Madras plague regulations in force outside the Presidency town - Volume 6
Disease focus: Plague
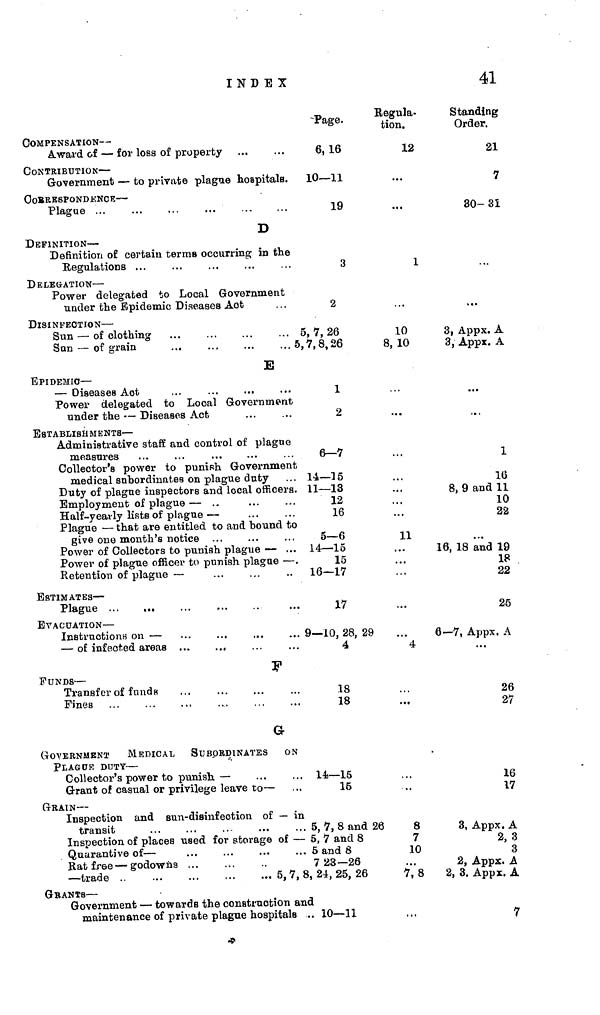
INDEX
41
COMPENSATION —
Award of — for loss of property
CONTRIBUTION —
Government — to private plague hospitals.
CORRESPONDENCE —
Plague ...
...
.,.
...
D
DEFINITION —
Definition of certain terms occurring in the
Regulations ...
DELEGATION —
Power delegated to Local Government
under the Epidemic Diseases Act
DISINFECTION —
Sun — of clothing
San — of grain
...
..,
...
... 5
E
EPIDEMIC—
— Diseases Act
Power delegated to Local Government
under the — Diseases Act
ESTABLISH M ENTS —
Administrative staff and control of plague
measures
Collector's power to punish Government
medical subordinates on plague duty
Duty of plague inspectors and local officers.
Employment of plague — ..
Half-yearly lists of plague —
Plague — that are entitled to and bound to
give one month's notice
Power of Collectors to punish plague — ...
Power of plague officer to punish plague — .
Retention of plague —
ESTIMATES —
Plague
EVACUATION —
Instructions on —
— of infected areas ...
...
r
FUNDS —
Transfer of funds
Fines
G
GOVERNMENT MEDICAL SUBORDINATES ON
PLAGUE DUTY —
Collector's power to punish. —
Grant of casual or privilege leave to —
GRAIN —
Inspection and Bun-disinfection of — in
transit
Inspection of places used for storage of —
Quarantive of —
Rat free — godowñs ...
— trade ..
5,7,8
G RANTS
Government — towards the construction am
maintenance of private plague hospitals ,
-Page.
6,16
10—11
19
3
2
5, 7, 26
,7,8,26
1
2
6—7
14— ]5
11—13
12
16
5—6
14—15
15
16—17
17
9— 10, 28, I
4
18
18
14—15
15
5, 7, 8 and
5, 7 and 8
5 and 8
7 23—26
I, 2-1, 25, 26
a
.. 10—11
Regula-
tion.
12
...
...
1
10
8, 10
...
11
...
29
4
...
1 26
8
7
10
¡
7, 8
Standing
Order.
21
7
30-31
...
3| Appx. A
3, Appx. A
...
...
1
16
8, 9 and 11
10
22
16, 18 and 19
18
22
25
6—7, Appx. A
...
26
27
16
17
3, Appx. A
2,3
3
2, Appx. A
2, 3. Appx. A
7